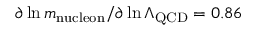
\partial \ln m _ { \mathrm { n u c l e o n } } / \partial \ln \Lambda _ { \mathrm { Q C D } } = 0 . 8 6